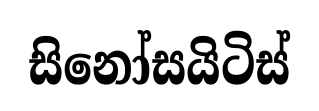
සිනෝසයිටිස්